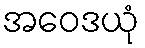
အဝေဒယုံ